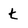
Character: t